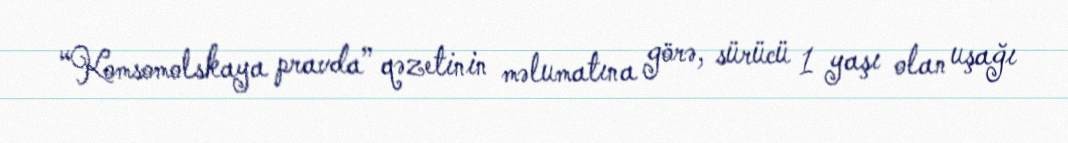
“Komsomolskaya pravda” qəzetinin məlumatına görə, sürücü 1 yaşı olan uşağı